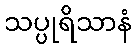
သပ္ပုရိသာနံ